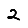
Digit: 2